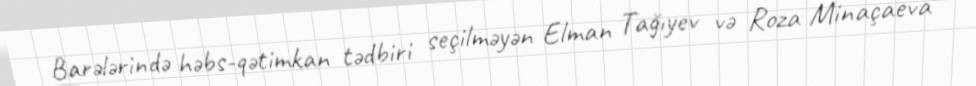
Barələrində həbs-qətimkan tədbiri seçilməyən Elman Tağıyev və Roza Minaçaeva